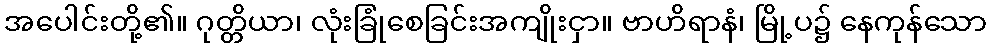
အပေါင်းတို့၏။ ဂုတ္တိယာ၊ လုံးခြုံစေခြင်းအကျိုးငှာ။ ဗာဟိရာနံ၊ မြို့ပ၌ နေကုန်သော